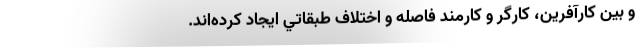
و بين كارآفرين، كارگر و كارمند فاصله و اختلاف طبقاتي ايجاد کرده‌اند.